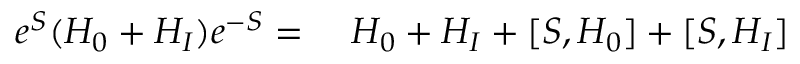
\begin{array} { r l } { e ^ { S } ( H _ { 0 } + H _ { I } ) e ^ { - S } = } & { { } ~ H _ { 0 } + H _ { I } + [ S , H _ { 0 } ] + [ S , H _ { I } ] } \end{array}